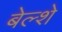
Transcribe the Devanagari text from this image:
बेल्शे